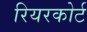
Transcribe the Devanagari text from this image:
रियरकोर्ट